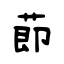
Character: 莭